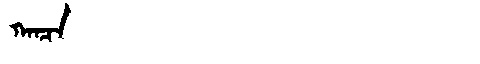
Manchu: ᡴᠠᠨᠴᠠ
Romanization: KANCA